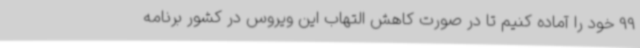
99 خود را آماده کنیم تا در صورت کاهش التهاب این ویروس در کشور برنامه